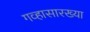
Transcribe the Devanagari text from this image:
गव्हासारख्या